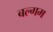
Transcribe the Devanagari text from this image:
बल्गम